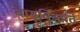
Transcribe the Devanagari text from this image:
वायूर्विन्दति